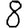
Digit: 8